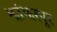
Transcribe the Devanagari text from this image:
झांझरपूर